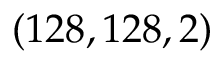
( 1 2 8 , 1 2 8 , 2 )